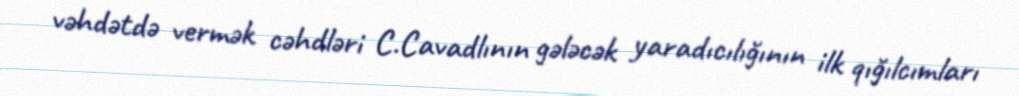
vəhdətdə vermək cəhdləri C.Cavadlının gələcək yaradıcılığının ilk qığılcımları